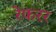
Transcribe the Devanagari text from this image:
रेफरर